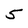
Character: 5